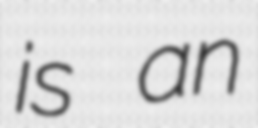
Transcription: is an